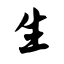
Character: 生